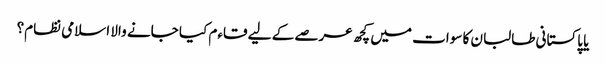
یا پاکستانی طالبان کا سوات میں کچھ عرصے کے لیے قاءم کیا جانے والا اسلامی نظام؟